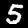
Label: 5